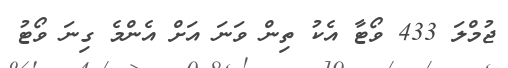
ޖުމްލަ 433 ވޯޓާ އެކު ތިން ވަނަ އަށް އެންމެ ގިނަ ވޯޓު